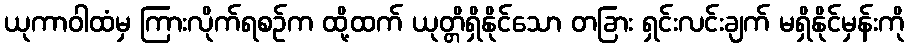
ယုကာဝါထံမှ ကြားလိုက်ရစဉ်က ထို့ထက် ယုတ္တိရှိနိုင်သော တခြား ရှင်းလင်းချက် မရှိနိုင်မှန်းကို